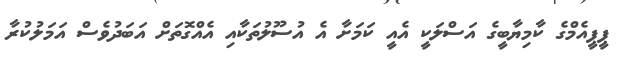
ޕީޕީއެމްގެ ކާމިޔާބީގެ އަސްލަކީ އެއީ ކަމަށާ އެ އުސޫލުތަކާއި އެއްގޮތަށް އަބަދުވެސް އަމަލުކުރާ